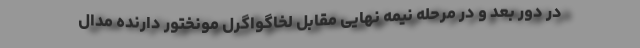
در دور بعد و در مرحله نیمه نهایی مقابل لخاگواگرل مونختور دارنده مدال